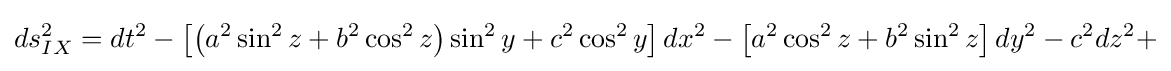
ds_{IX}^{2}=dt^{2}-\left[\left(a^{2}\sin ^{2}z+b^{2}\cos ^{2}z\right)\sin ^{2}y+c^{2}\cos ^{2}y\right]dx^{2}-\left[a^{2}\cos ^{2}z+b^{2}\sin ^{2}z\right]dy^{2}-c^{2}dz^{2}+